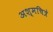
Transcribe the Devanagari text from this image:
अश्मचित्रे